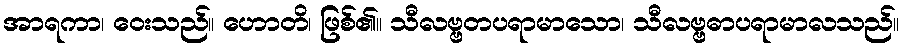
အာရကာ၊ ဝေးသည်။ ဟောတိ၊ ဖြစ်၏။ သီလဗ္ဗတပရာမာသော၊ သီလဗ္ဗဓာပရာမာလသည်။